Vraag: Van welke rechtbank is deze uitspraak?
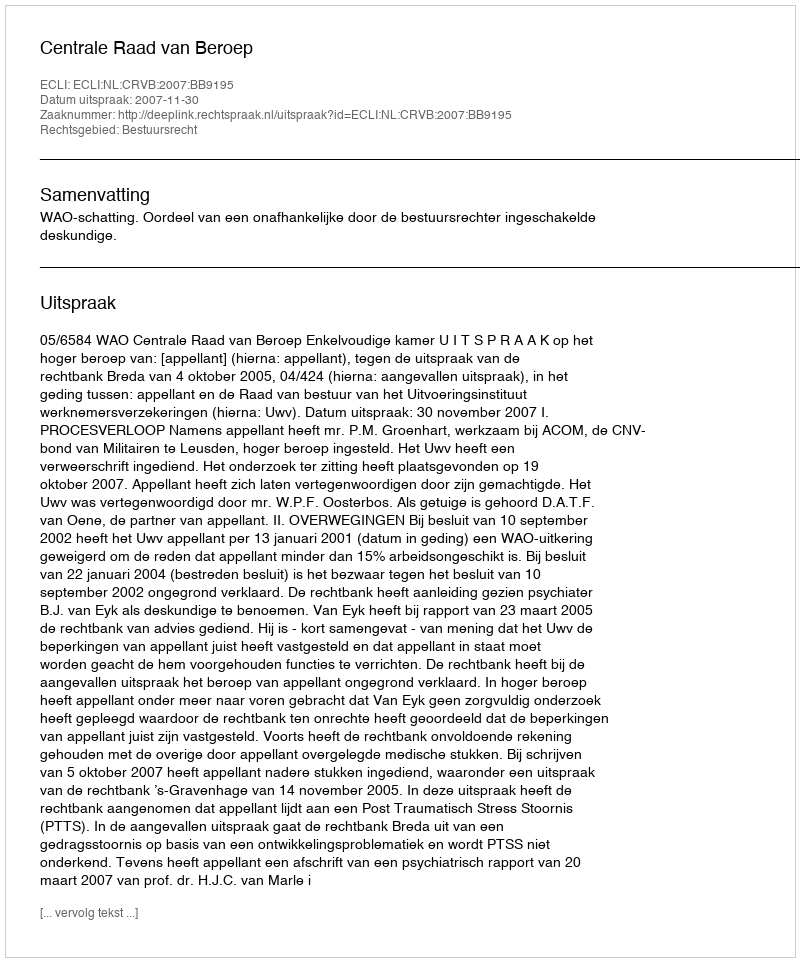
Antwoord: Centrale Raad van Beroep